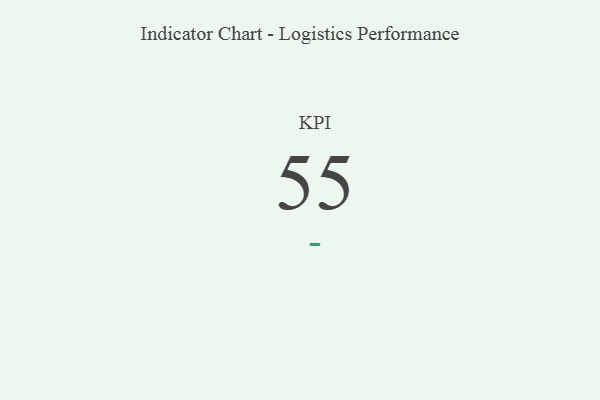
{"axis": {"x": "KPI", "y": "Value"}, "legend": [""], "data": [{"x": "KPI", "y": 55, "type": ""}]}